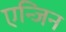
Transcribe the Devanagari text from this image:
एन्जिन